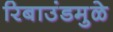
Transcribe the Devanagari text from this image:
रिबाउंडमुळे